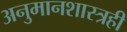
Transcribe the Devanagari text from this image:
अनुमानशास्त्रही